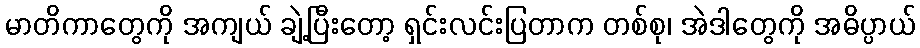
မာတိကာတွေကို အကျယ် ချဲ့ပြီးတော့ ရှင်းလင်းပြတာက တစ်စု၊ အဲဒါတွေကို အဓိပ္ပာယ်